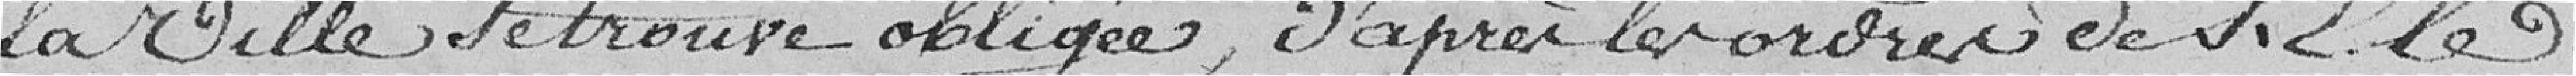
la Ville se trouve obligée d'après les ordres de Sieur Ele